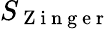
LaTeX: S_{\mathrm{~Z~i~n~g~e~r~}}